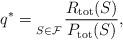
LaTeX: \begin{align*}q^*= \mathop { }\limits_{S\in \mathcal{F}} \frac{R_{\rm{\rm{tot}}}(S)}{P_{\rm{\rm{tot}}}(S)},\end{align*}